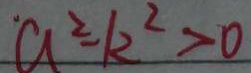
a ^ { 2 } - k ^ { 2 } > 0